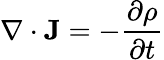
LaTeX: \nabla\cdot\mathbf{J}=-{\frac{\partial\rho}{\partial t}}